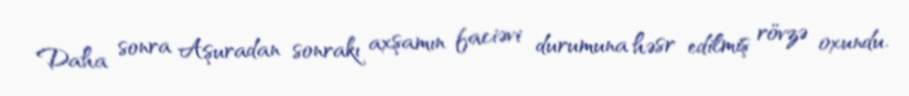
Daha sonra Aşuradan sonrakı axşamın faciəvi durumuna həsr edilmiş rövzə oxundu.